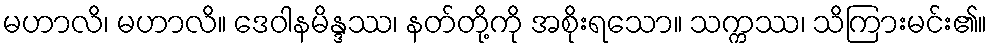
မဟာလိ၊ မဟာလိ။ ဒေဝါနမိန္ဒဿ၊ နတ်တို့ကို အစိုးရသော။ သက္ကဿ၊ သိကြားမင်း၏။